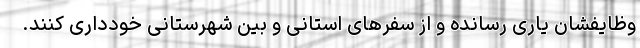
وظایفشان یاری رسانده و از سفرهای استانی و بین شهرستانی خودداری کنند.